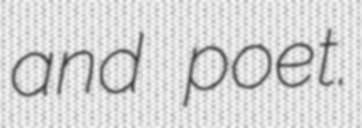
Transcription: and poet.